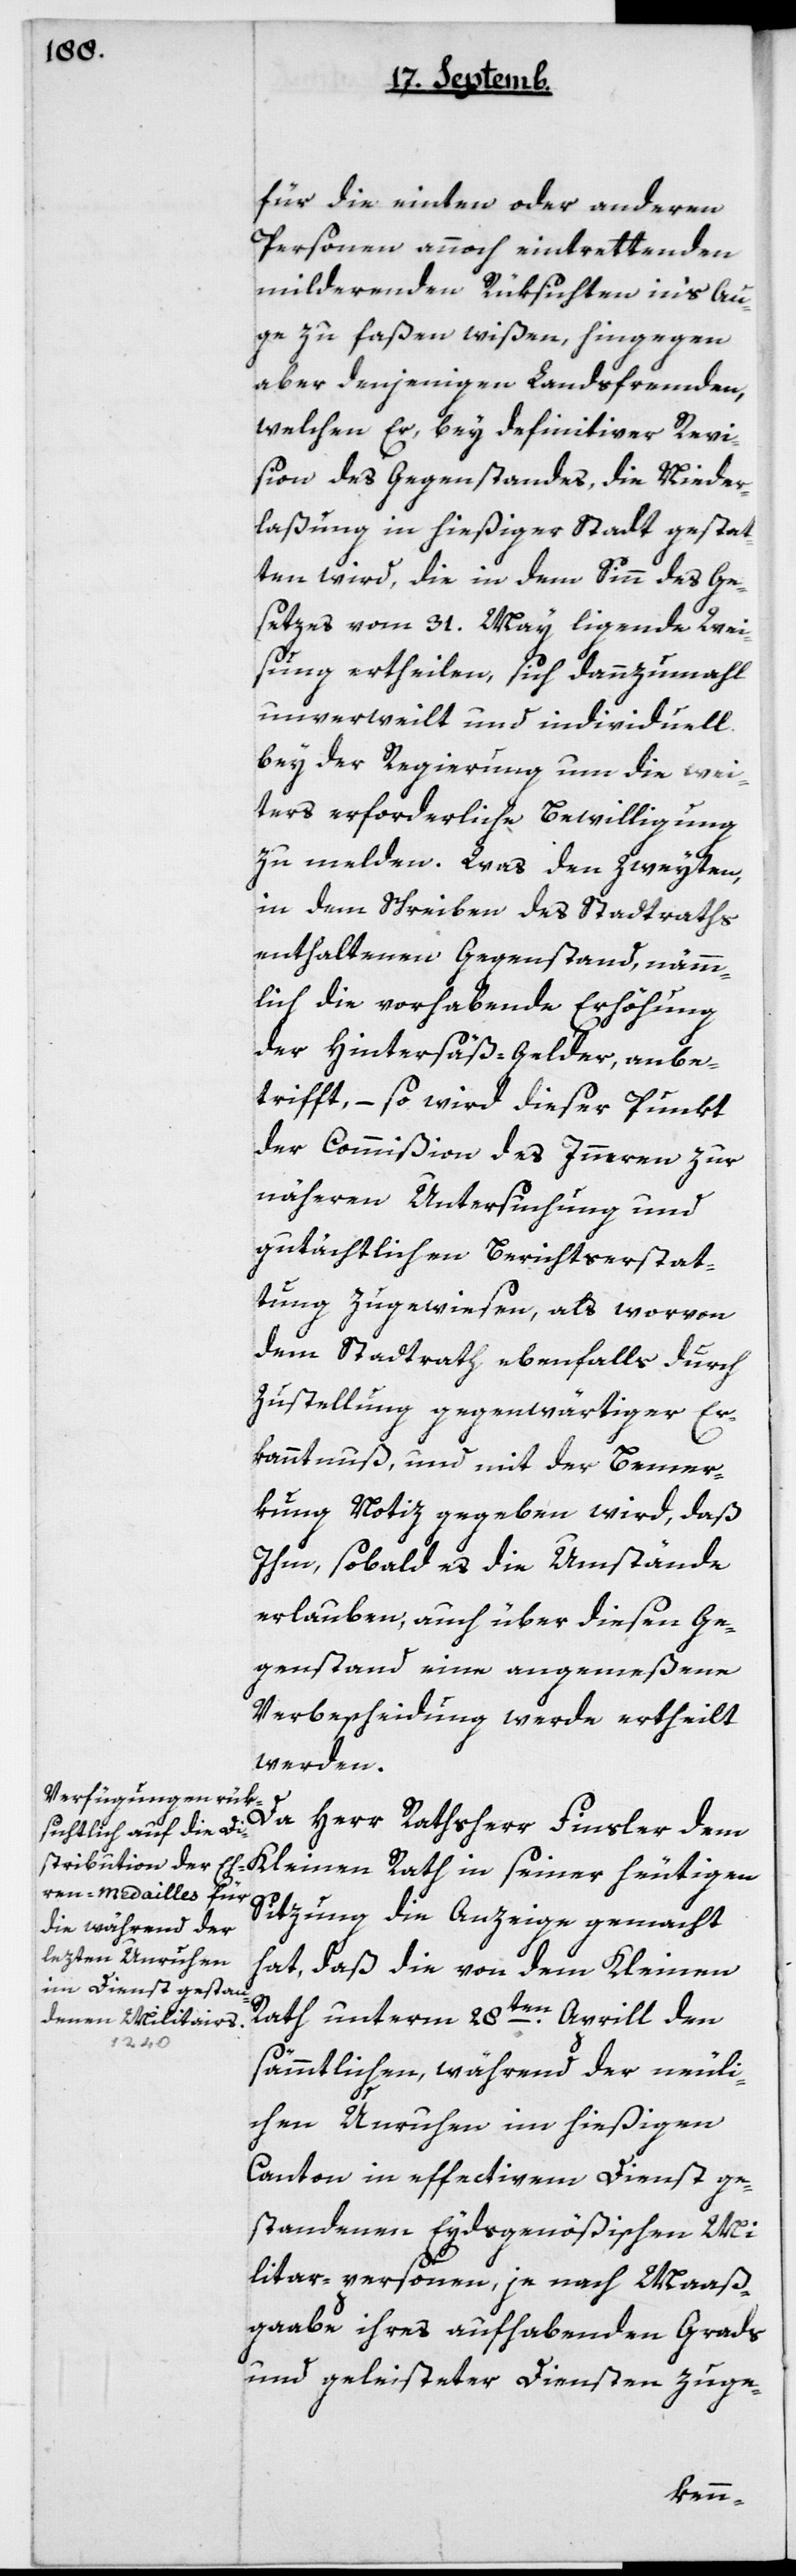
für die einten oder anderen
Personen annoch eintrettenden
milderenden Rüksichten in’s Au¬
ge zu faßen wißen, hingegen
aber denjenigen Landsfremden,
welchen Er, bey definitiver Revi¬
sion des Gegenstandes, die Nieder¬
laßung in hießiger Stadt gestat¬
ten wird, die in dem Sinn des Ge¬
setzes vom 31ten May liegende Wei¬
sung ertheilen, sich dannzumal
unverweilt und individuell
bey der Regierung um die wei¬
ters erforderliche Bewilligung
zu melden. Was den zweyten,
in dem Schreiben des Stadtraths
enthaltenen Gegenstand, nämm¬
lich die vorhabende Erhöhung
der Hintersäß-Gelder anbe¬
trifft, – so wird dieser Punkt
der Commißion des Innern zur
näheren Untersuchung und
gutächtlichen Berichterstat¬
tung zugewiesen, als worvon
dem Stadtrath ebenfalls durch
Zustellung gegenwärtiger Er¬
kanntnuß und mit der Bemer¬
kung Notiz gegeben wird, daß
Ihm, sobald es die Umstände
erlauben, auch über diesen Ge¬
genstand eine angemeßene
Verbscheidung werde ertheilt
werden.
Da Herr Rathsherr Finsler dem
Sitzung die Anzeige gemacht
hat, daß die von dem Kleinen
Rath unterm 28ten Aprill den
sämmtlichen, während der neuli¬
chen Unruhen im hießigen
Canton in effectivem Dienst ge¬
standenen Eydsgenößischen Mi¬
litar-personen, je nach Maaß¬
gabe ihres aufhabenden Grads
und geleisteter Diensten zuge-